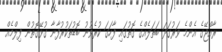
ރާއްޖޭގެ އެންމެ ވަރުގަދަ ބަތަލެއްގެ ގޮތުގައި ފާހަގަ ކުރެވުނު ބޮޑުތަކުރުފާނާ ގުޅޭގޮތުން ފިލްމެއް